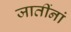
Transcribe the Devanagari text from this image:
जातींनां